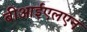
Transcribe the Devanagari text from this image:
बीआईएलएन